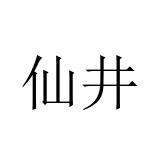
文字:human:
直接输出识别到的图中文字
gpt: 仙井